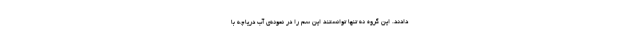
دادند. این گروه نه تنها توانستند این سم را در نمونه‌ی آب دریاچه با